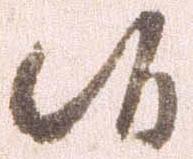
候